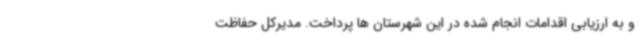
و به ارزیابی اقدامات انجام شده در این شهرستان ها پرداخت. مدیرکل حفاظت